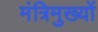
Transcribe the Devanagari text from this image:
मंत्रिमुख्यों